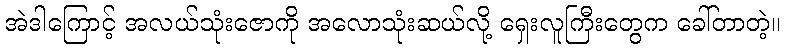
အဲဒါကြောင့် အလယ်သုံးဇောကို အလောသုံးဆယ်လို့ ရှေးလူကြီးတွေက ခေါ်တာတဲ့။